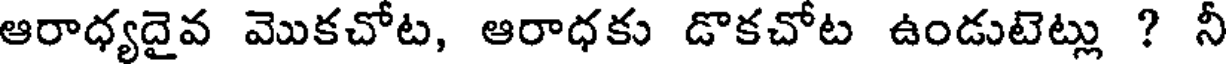
ఆరాధ్యదైవ మొకచోట, ఆరాధకు డొకచోట ఉండుటెట్లు ? నీ